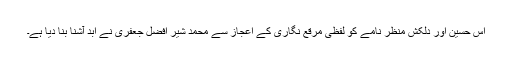
اس حسین اور دلکش منظر نامے کو لفظی مرقع نگاری کے اعجاز سے محمد شیر افضل جعفری نے ابد آشنا بنا دیا ہے۔